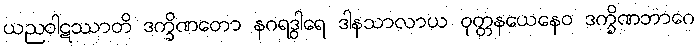
ယညဝါဋဿာတိ ဒက္ခိဏတော နဂရဒွါရေ ဒါနသာလာယ ဝုတ္တနယေနေဝ ဒက္ခိဏဘာဂေ